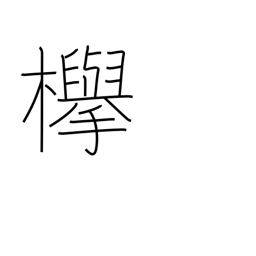
Meaning: keyaki